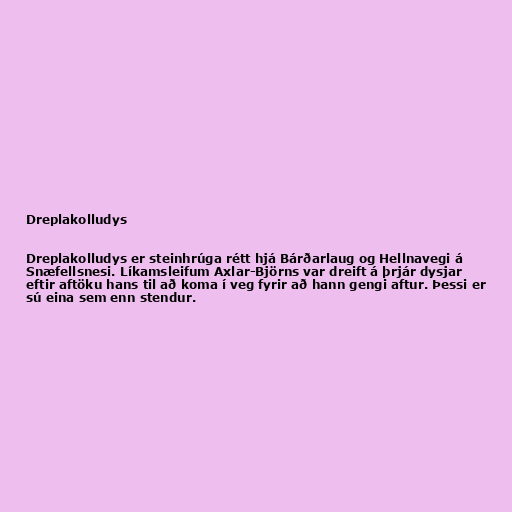
Dreplakolludys

Dreplakolludys er steinhrúga rétt hjá Bárðarlaug og Hellnavegi á
Snæfellsnesi. Líkamsleifum Axlar-Björns var dreift á þrjár dysjar
eftir aftöku hans til að koma í veg fyrir að hann gengi aftur. Þessi er
sú eina sem enn stendur.